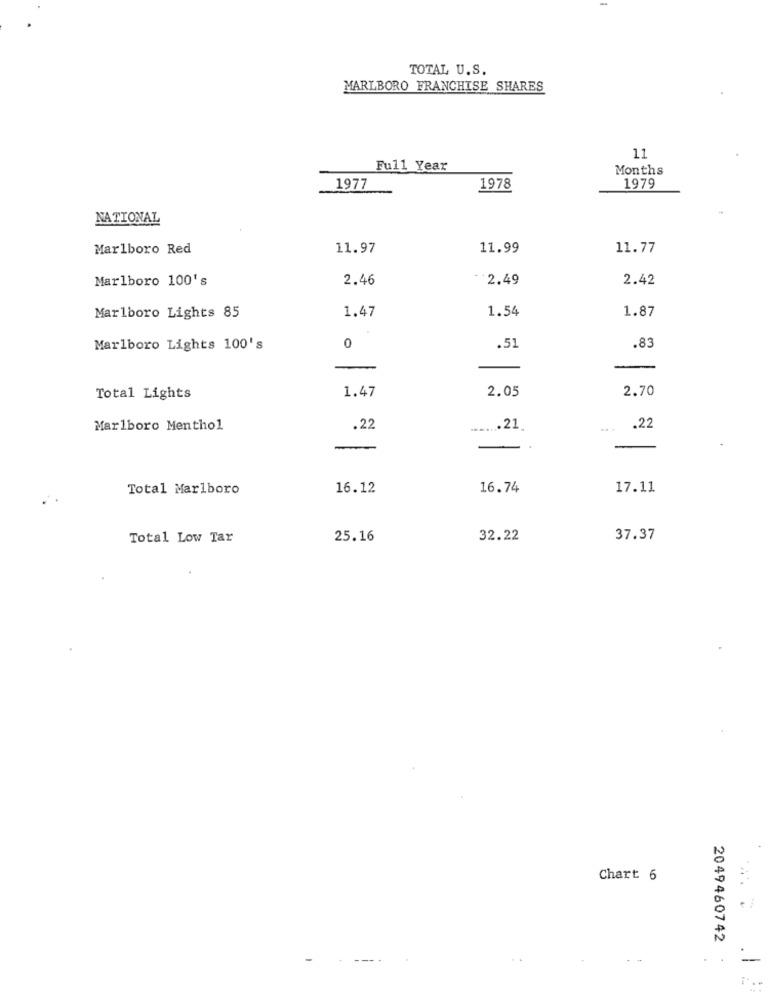
TOTAL U.S.
MARLBORO FRANCHISE SHARES
11
Full Year
Months
1977
1978
1979
NATIONAL
Marlboro Red
11.97
11.99
11.77
Marlboro 100's
2.46
-2.49
2.42
1.54
1.87
Marlboro Lights 85
1.47
Marlboro Lights 100's
0
.5
.83
-
1.47
2.05
2.70
Total Lights
Marlboro Menthol
.22
...... 21_
...
.22
Total Marlboro
16.12
16.74
17.11
Total Low Tar
25.16
32.22
37.37
Chart 6
2049460742